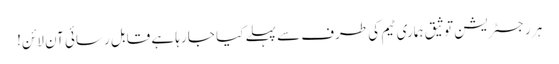
ہر رجسٹریشن توثیق ہماری ٹیم کی طرف سے پہلے کیا جا رہا ہے قابل رسائی آن لائن!